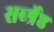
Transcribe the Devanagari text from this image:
सर्ब्श्रेष्ठ